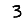
Digit: 3